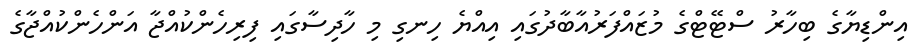
އިންޑިޔާގެ ބިހާރު ސްޓޭޓްގެ މުޒައްފަރުއާބާދުގައި އިއްޔެ ހިނގި މި ހާދިސާގައި ފިރިހެންކުއްޖާ އަންހެންކުއްޖާގެ